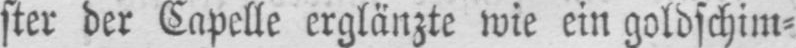
ster der Capelle erglänzte wie ein goldschim⸗